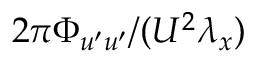
2 \pi \Phi _ { u ^ { \prime } u ^ { \prime } } / ( U ^ { 2 } \lambda _ { x } )